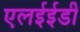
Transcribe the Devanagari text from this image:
एलईईडी